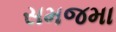
સમજમા